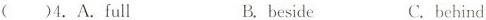
( )4.A.full B.beside C.behind